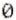
0